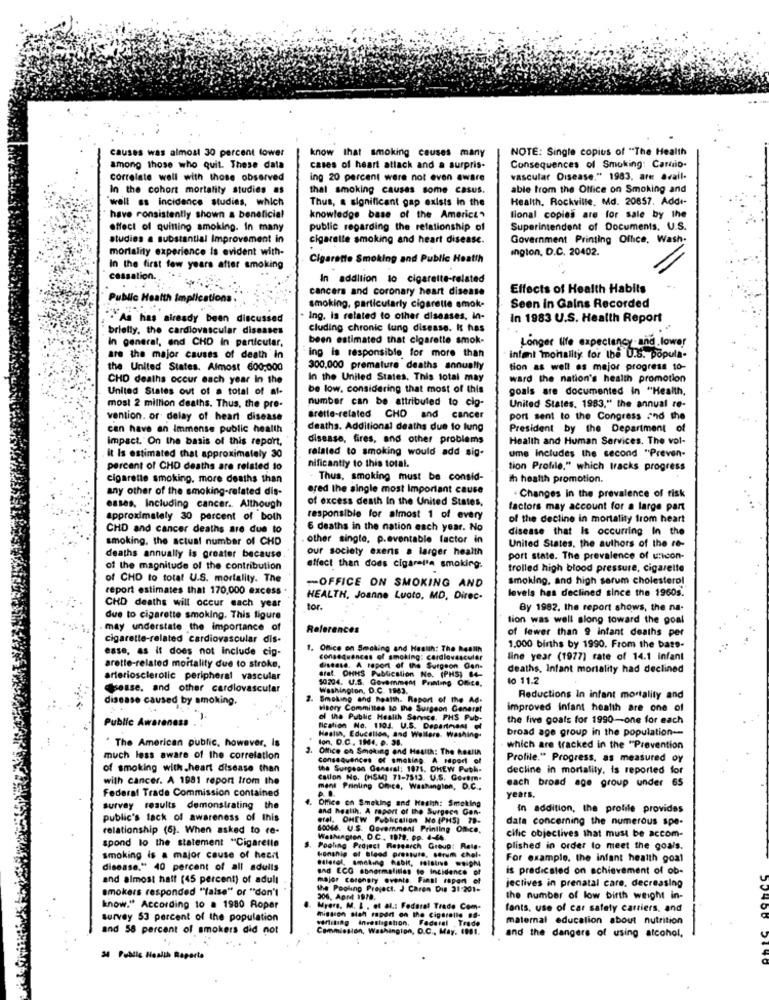
causes was almost 30 percent lower
know that smoking causes many
NOTE: Single copies of "The Health
among those who quit. These data
cases of heart attack and a surpris-
Consequences of Smoking: Camio-
correlate well with those observed
ing 20 percent were not even aware
vascular Disease." 1983. are avail-
In the cohort mortality studies as
that smoking causas some casus.
able from the Office on Smoking and
well as incidence studies, which
Thus, a significant gap exists in the
Health. Rockville, Md. 20857. Addt-
have ronsistently shown a beneficial
knowledge base of the America"
tional copies are for sale by the
effect of quitting smoking. In many
public regarding the relationship of
Superintendent of Documents. U.S.
studies a substantial Improvement in
cigarette smoking and heart disease.
Government Printing Office, Wash-
mortality experience is evident with-
ington, D.C. 20402.
Cigarette Smoking and Public Health
In the first few years after smoking
cessation.
In addition to cigarette-related
cancers and coronary heart disease
Effects of Health Habits
Public Health Implications.
smoking, particularly cigarette smok-
Seen in Gains Recorded
As has already been discussed
. Ing. is related to other diseases, in-
In 1983 U.S. Health Report
briefly, the cardiovascular diseases
cluding chronic lung disease. It has
In general, and CHD In particular,
been estimated that cigarette smok-
Longer life expectancy -and lower
are the major causes of death in
ing is responsible for more than
infant mohallty for the U.S. popula-
the United States. Almost 600;000
300.000 premature deaths annually
tion as well es mejor progress to-
CHD deaths occur each year In the
In the United States, This total may
ward the nation's health promotion
United States out of a total of al-
be low. considering that most of this
goals are documented in "Health,
number can be attributed to cig-
most 2 million deaths. Thus, the pre-
United States. 1983," the annual re-
vention. or delay of heart disease
Bretle-related CHD and cancer
port sent to the Congress and the
can have an Immense public health
deaths. Additional deaths due to lung
President by the Department of
impact. On the basis of this report,
disease, fires, and other problems
Health and Human Services. The vol-
related to smoking would add sig-
ume Includes the second "Preven-
it Is estimated that approximately 30
nificantly to this total.
percent of CHD deaths are related to
tion Profile," which tracks progress
cigarette smoking. more deaths than
Thus, smoking must be consid-
th health promotion.
any other of the smoking-related dis-
ered the single most important cause
of excess death In the United States,
- Changes in the prevalence of risk
esses, Including cancer. Although
factors may account for a large part
approximately 30 percent of both
responsible for almost 1 of every
of the decline in mortality from heart
CHD and cancer deaths are due to
6 deaths in the nation each year. No
disease that Is occurring In the
smoking, the actual number of CHD
other single, p.eventable factor in
United States, the authors of the re-
our society exens a larger health
deaths annually is greater because
port state. The prevalence of uticon-
of the magnitude of the contribution
effect than does cigarette smoking.
trolled high blood pressure, cigarette
of CHD to total U.S. mortality. The
-OFFICE ON SMOKING AND
smoking, and high serum cholesterol
report estimates that 170,000 excess
levels has declined since the 1960s.
HEALTH, Joanne Luoto, MD, Direc-
CHD deaths will occur each year
tor.
By 1982. the report shows, the na-
due to cigarette smoking. This tigure
tion was well along toward the goal
may understate the importance of
References
of fewer than 9 infant deaths per
cigarette-related cardiovascular dis-
esse, as it does not include cip-
1. Office on Smoking and Health: The Realin
1.000 births by 1990. From the bass-
consequences of smoking: cardiovascular
line year (1977) rate of 14.1 Infant
arette-related mortality due to stroke.
disease. A report of the Surgeon Con-
deaths. Infant mortality had declined
arteriosclerolic peripheral vascular
50204. U.S. Govemment Printing Office,
S Publicslion No. (PNS) 84-
lo 11.2
esse. and other cardiovascular
Washington, D.C. 1943.
disease caused by smoking.
Smoking and heatth. Report of the Ad-
Reductions In infant mortality and
improved infant health are one of
the five goals for 1990-one for each
Public Awareness . .
Ilcation No. 1104. U.S. Department el
broad age group in the population --
lon, D.C. 1H4. p. 98.
Health, Educalion, and Wellere, Washing.
The American public, however, Is
Office on Smoking and Health: The Realla
which are tracked in the "Prevention
much less aware of the correlation
consequences of smoking. A report of
Profile." Progress, as measured oy
of smoking with heart disease than
the Surgeon General: 1871. DHEW Puth-
decline in mortality. is reported for
with cancer. A 1981 report from the
Callon No. (HSM) 73-7513. U.S. Coremm-
each broad age group under 6
Federal Trade Commission contained
ment Printing Once, Washington, D.C .,
Office on Smeking and Health: Smoking
years.
survey results demonstrating the
and health, A report of the Surgecs Gen-
In addition, the profile provides
public's lack of awareness of this
etel. OHEW Publication No (PHS) 79-
data concerning the numerous spe-
relationship (6). When asked to re-
80046. U.S. Government Printing Office.
spond lo the statement "Cigarette
Washington, D.C ., 1979, pp. 4-66.
cific objectives that must be accom-
S. Pooling Project Research Group: Rete.
plished in order to meet the goals.
smoking is a major cause of heart
Blerol, smoking habit, rising .oipM
Honship of blood pressure, serum chel.
For example, the infant health goal
disease." 40 percent of all adults
and ECG Abnormalities to incidence of
is predicated on achievement of ob-
and almost half (45 percent) of adull
major corchary ovente. Final rapen el
jectives in prenatal care. decreasing
smokers responded "false" or "don't
the Pooling Project. J Caron Dis 31:201-
the number of low birth weight in-
know." According to a 1980 Roper
Myers. M. L . et al .: Federal Trade Com-
fants, use of car safety carriers, and
survey 53 percent of the population
mission sah raport on the Cigaretle .8-
sarliting Investigation. Federal , Trade
maternal educalion about nutrition
and 58 percent of smokers did not
Commission, Washington, D.C ., May. 1981.
and the dangers of using alcohol,
34 Public Health Reporte